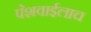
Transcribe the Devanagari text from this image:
पेशवाईलाच